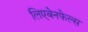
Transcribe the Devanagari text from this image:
लिएबेनफेल्स